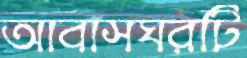
আবাসঘরটি